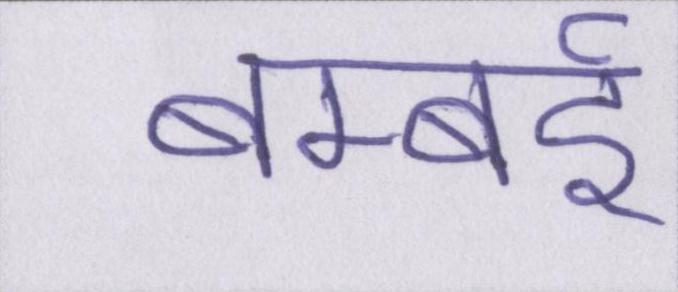
बम्बर्इ